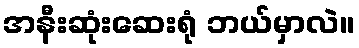
အနီးဆုံးဆေးရုံ ဘယ်မှာလဲ။